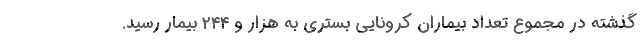
گذشته در مجموع تعداد بیماران کرونایی بستری به هزار و ۲۴۴ بیمار رسید.